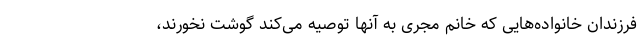
فرزندان خانواده‌هایی که خانم مجری به آنها توصیه می‌کند گوشت نخورند،